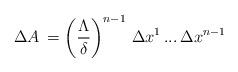
LaTeX: \begin{align*}\,\Delta A \,=\left(\frac{\Lambda}{\delta}\right)^{n-1}\,\Delta x^1 \, ... \, \Delta x^{n-1} \,\end{align*}